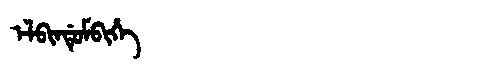
Manchu: ᡝᠯᠪᡳᠨᡩᡠᠮᠪᡳᡥᡝ
Romanization: ELBINDUMBIHE